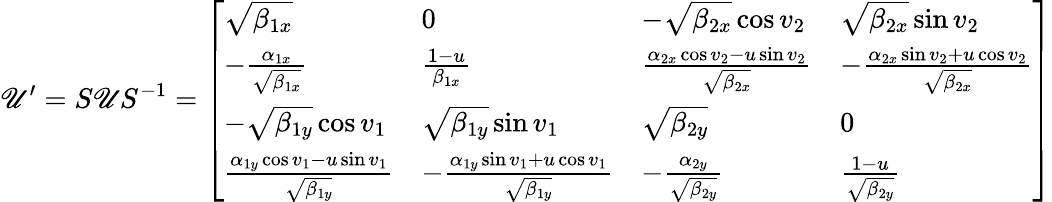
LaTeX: \mathscr{U}^{\prime}=S\mathscr{U}S^{-1}=\left[\begin{array}{llll}{\sqrt{\beta_{1x}}}&{0}&{-\sqrt{\beta_{2x}}\cos v_{2}}&{\sqrt{\beta_{2x}}\sin v_{2}}\\ {-\frac{\alpha_{1x}}{\sqrt{\beta_{1x}}}}&{\frac{1-u}{\beta_{1x}}}&{\frac{\alpha_{2x}\cos v_{2}-u\sin v_{2}}{\sqrt{\beta_{2x}}}}&{-\frac{\alpha_{2x}\sin v_{2}+u\cos v_{2}}{\sqrt{\beta_{2x}}}}\\ {-\sqrt{\beta_{1y}}\cos v_{1}}&{\sqrt{\beta_{1y}}\sin v_{1}}&{\sqrt{\beta_{2y}}}&{0}\\ {\frac{\alpha_{1y}\cos v_{1}-u\sin v_{1}}{\sqrt{\beta_{1y}}}}&{-\frac{\alpha_{1y}\sin v_{1}+u\cos v_{1}}{\sqrt{\beta_{1y}}}}&{-\frac{\alpha_{2y}}{\sqrt{\beta_{2y}}}}&{\frac{1-u}{\sqrt{\beta_{2y}}}}\end{array}\right]